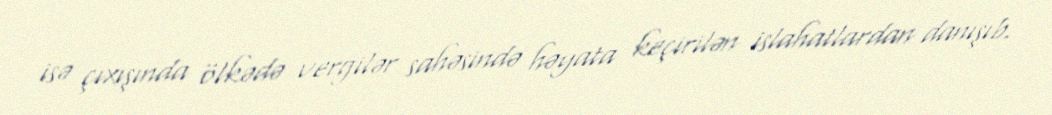
isə çıxışında ölkədə vergilər sahəsində həyata keçirilən islahatlardan danışıb.